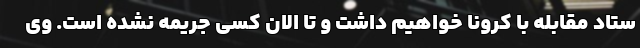
ستاد مقابله با کرونا خواهیم داشت و تا الان کسی جریمه نشده است. وی